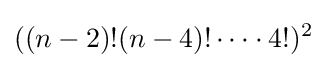
((n-2)!(n-4)!\dots \cdot 4!)^{2}